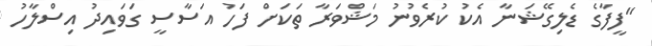
"ފީފާގެ ޑެލިގޭޝަނާ އެކު ކުރެވުނު މަޝްވަރާ ތަކަށް ފަހު އަސާސީ ގަވައިދު އިސްލާހު